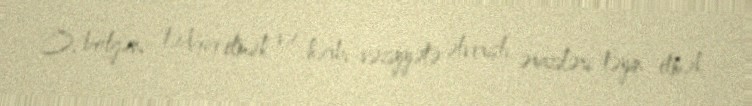
O, bölgəni tədqiq etmək və hərbi vəziyyətə əlverişli əraziləri təyin etmək